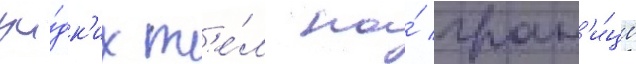
жи́дк'их т'е́л на́ гран'и́це